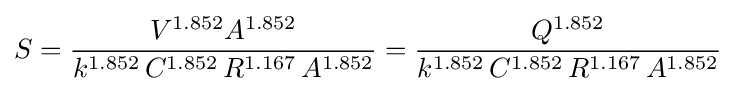
S={V^{1.852}A^{1.852} \over k^{1.852}\,C^{1.852}\,R^{1.167}\,A^{1.852}}={Q^{1.852} \over k^{1.852}\,C^{1.852}\,R^{1.167}\,A^{1.852}}